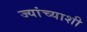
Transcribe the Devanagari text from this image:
ज्यांच्याशी